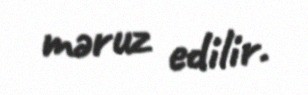
məruz edilir.